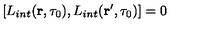
[ L _ { i n t } ( { \bf r } , \tau _ { 0 } ) , L _ { i n t } ( { \bf r ^ { \prime } } , \tau _ { 0 } ) ] = 0